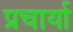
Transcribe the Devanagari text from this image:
प्रचार्या